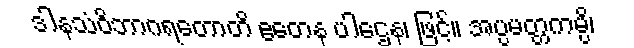
ဒါနသံဝိဘာဂရတောတိ ဧတေန ပါဌေန၊ ဖြင့်။ အပ္ပမတ္တကမ္ပိ၊